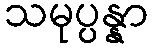
သမုပ္ပန္နာ